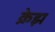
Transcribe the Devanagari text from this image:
क्रेझ